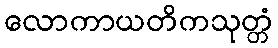
လောကာယတိကသုတ္တံ